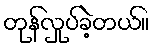
တုန်လှုပ်ခဲ့တယ်။